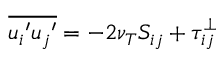
\overline { { { u _ { i } } ^ { \prime } { u _ { j } } ^ { \prime } } } = - 2 \nu _ { T } S _ { i j } + \tau _ { i j } ^ { \perp }